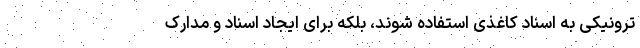
ترونیکی به اسناد کاغذی استفاده شوند، بلکه برای ایجاد اسناد و مدارک